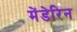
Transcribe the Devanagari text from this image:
मेंडेरिन